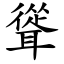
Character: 聳